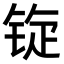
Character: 𫓷